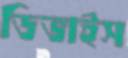
ডিভাইস